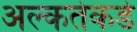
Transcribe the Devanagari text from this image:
अल्कतेकडे